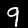
Digit: 9